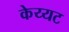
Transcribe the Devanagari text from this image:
केय्यट